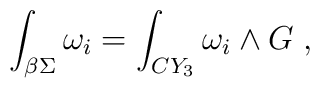
\int_{\beta\Sigma}\omega_i = \int_{CY_3} \omega_i \wedge G \; ,